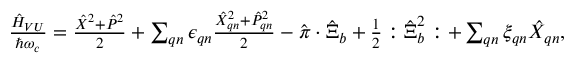
\begin{array} { r } { \frac { \hat { H } _ { V U } } { \hbar \omega _ { c } } = \frac { \hat { X } ^ { 2 } + \hat { P } ^ { 2 } } { 2 } + \sum _ { \boldsymbol { q } n } \epsilon _ { \boldsymbol { q } n } \frac { \hat { X } _ { \boldsymbol { q } n } ^ { 2 } + \hat { P } _ { \boldsymbol { q } n } ^ { 2 } } { 2 } - \hat { \boldsymbol { \pi } } \cdot \hat { \boldsymbol { \Xi } } _ { b } + \frac { 1 } { 2 } : \hat { \boldsymbol { \Xi } } _ { b } ^ { 2 } : + \sum _ { \boldsymbol { q } n } \xi _ { \boldsymbol { q } n } \hat { X } _ { \boldsymbol { q } n } , } \end{array}